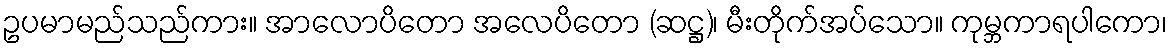
ဥပမာမည်သည်ကား။ အာလောပိတော အလေပိတော (ဆဋ္ဌ)၊ မီးတိုက်အပ်သော။ ကုမ္ဘကာရပါကော၊